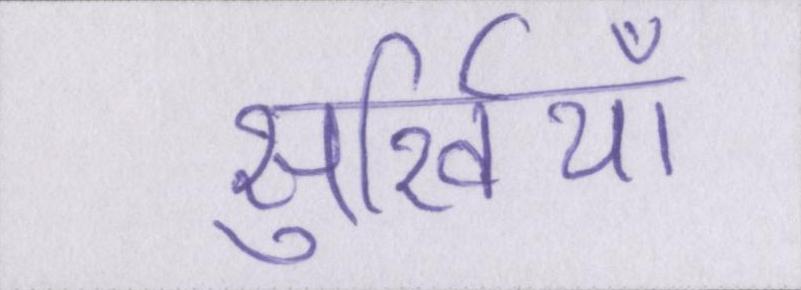
सुर्खियाँ